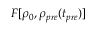
F [ \rho _ { 0 } , \rho _ { p r e } ( t _ { p r e } ) ]